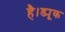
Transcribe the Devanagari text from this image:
है।ड्यूक